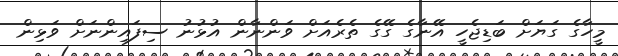
މީހާގެ ގަޔަށް ބަޑިޖެހީ އޭނާގެ ގޭގެ ތެރެއަށް ވަންނާން އުޅުނު ސިފައިންނަށް ވަޅިން